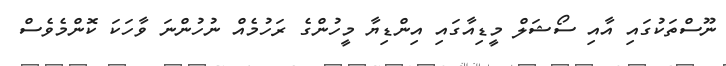
ނޫސްތަކުގައި އާއި ސޯޝަލް މީޑިއާގައި އިންޑިޔާ މީހުންގެ ރަހުމެއް ނުހުންނަ ވާހަކަ ކޮންމެވެސް